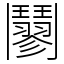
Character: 䰘